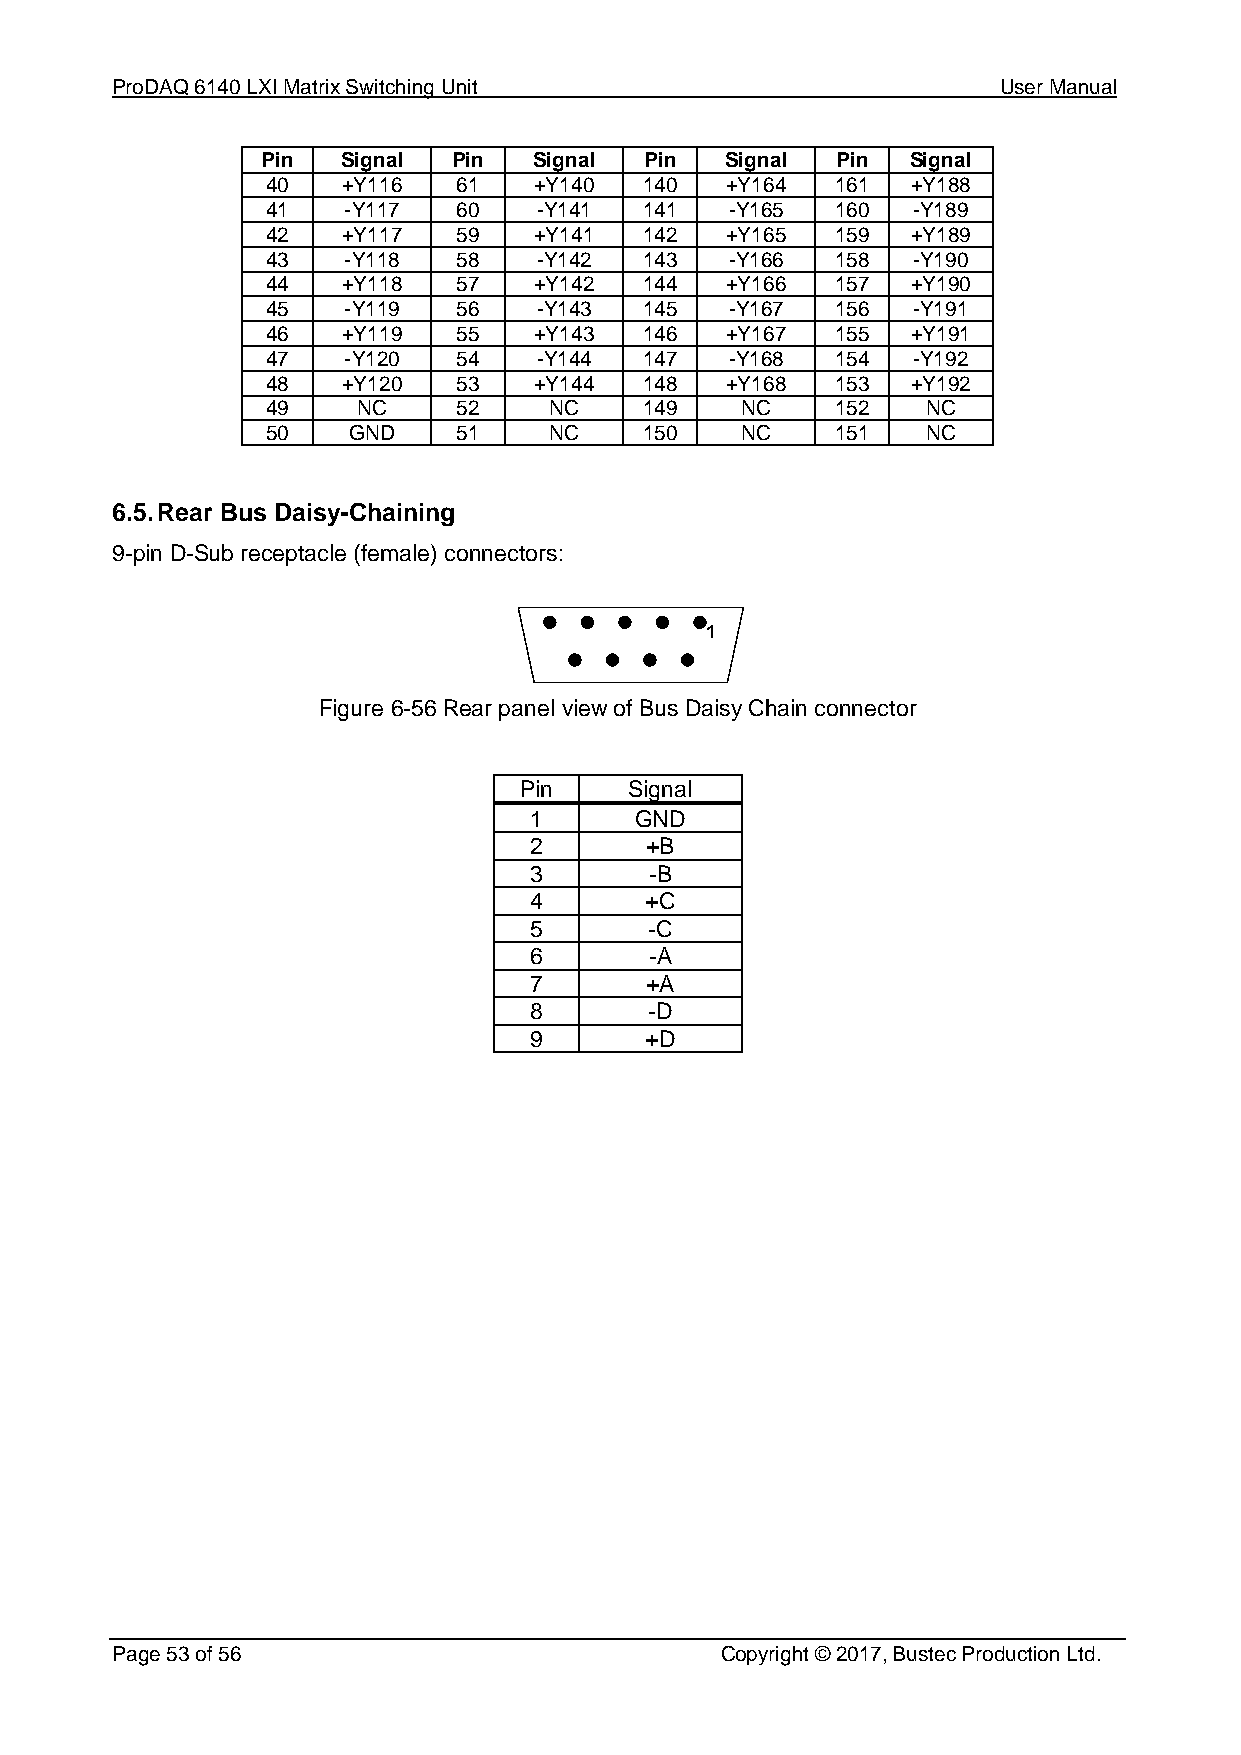
ProDAQ 6140 LXI Matrix Switching Unit                      User Manual
 Pin   Signal Pin  Signal  Pin  Signal Pin  Signal
 40   +Y116  61   +Y140   140  +Y164  161  +Y188
 41   -Y117  60    -Y141  141  -Y165  160  -Y189
 42   +Y117  59   +Y141   142  +Y165  159  +Y189
 43   -Y118  58    -Y142  143  -Y166  158  -Y190
 44   +Y118  57   +Y142   144  +Y166  157  +Y190
 45   -Y119  56    -Y143  145  -Y167  156  -Y191
 46   +Y119  55   +Y143   146  +Y167  155  +Y191
 47   -Y120  54    -Y144  147  -Y168  154  -Y192
 48   +Y120  53   +Y144   148  +Y168  153  +Y192
 49    NC    52    NC     149   NC    152   NC
 50   GND    51    NC     150   NC    151   NC
 6.5. Rear Bus Daisy-Chaining
 9-pin D-Sub receptacle (female) connectors:
 1
 Figure 6-56 Rear panel view of Bus Daisy Chain connector
 Pin     Signal
 1      GND
 2       +B
 3       -B
 4       +C
 5       -C
 6       -A
 7       +A
 8       -D
 9       +D
 Page 53 of 56                            Copyright © 2017, Bustec Production Ltd.